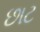
છાટ